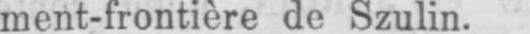
ment-frontière de Szulin.